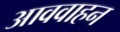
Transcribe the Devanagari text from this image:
आववाहन